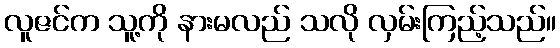
လူဇင်က သူ့ကို နားမလည် သလို လှမ်းကြည့်သည်။